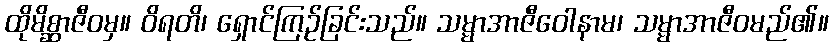
ထိုမိစ္ဆာဇီဝမှ။ ဝိရတိ၊ ရှောင်ကြဉ်ခြင်းသည်။ သမ္မာအာဇီဝေါနာမ၊ သမ္မာအာဇီဝမည်၏။